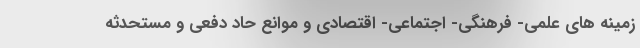
زمینه های علمی- فرهنگی- اجتماعی- اقتصادی و موانع حاد دفعی و مستحدثه